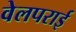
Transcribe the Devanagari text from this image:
वेलपराई